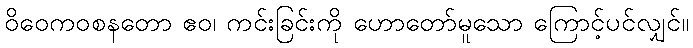
ဝိဝေကဝစနတော ဧဝ၊ ကင်းခြင်းကို ဟောတော်မူသော ကြောင့်ပင်လျှင်။